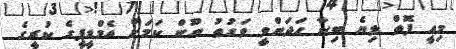
މިއީ ފޮތް ލިޔެ ބިނާ ހަދަންވީ ވަގުތު ނޫން ކަމަށް އެމްޑީޕީގެ ކުރީގެ